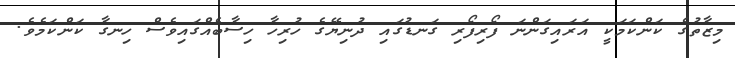
މިޒާތުގެ ކަންކަމަކީ އަރައިގަންނަ ފޯރިފޯރި ގަނޑުގައި ދުނިޔޭގެ ހުރިހާ ހިސާބެއްގައިވެސް ހިނގާ ކަންކަމެވެ.